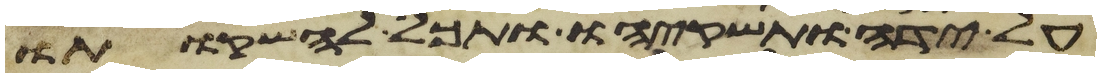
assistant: על ידה ותשקהו ותכל להשקותו